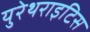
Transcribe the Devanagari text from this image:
युरेथराइटिस